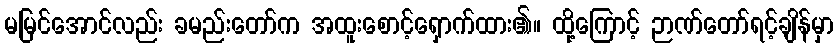
မမြင်အောင်လည်း ခမည်းတော်က အထူးစောင့်ရှောက်ထား၏။ ထို့ကြောင့် ဉာဏ်တော်ရင့်ချိန်မှာ